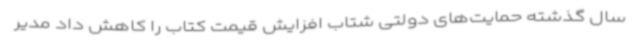
سال گذشته حمایت‌های دولتی شتاب افزایش قیمت کتاب را کاهش داد مدیر